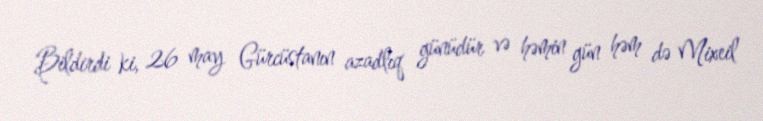
Bildirdi ki, 26 may Gürcüstanın azadlıq günüdür və həmin gün həm də Mixeil